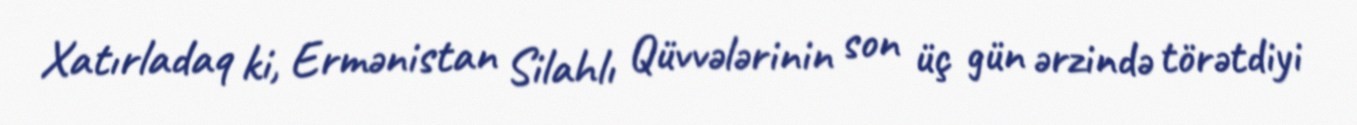
Xatırladaq ki, Ermənistan Silahlı Qüvvələrinin son üç gün ərzində törətdiyi